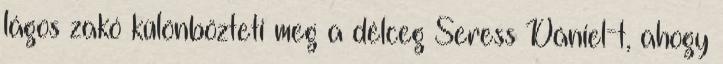
lágos zakó különbözteti meg a délceg Seress Dániel-t, ahogy